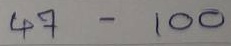
47 - 100